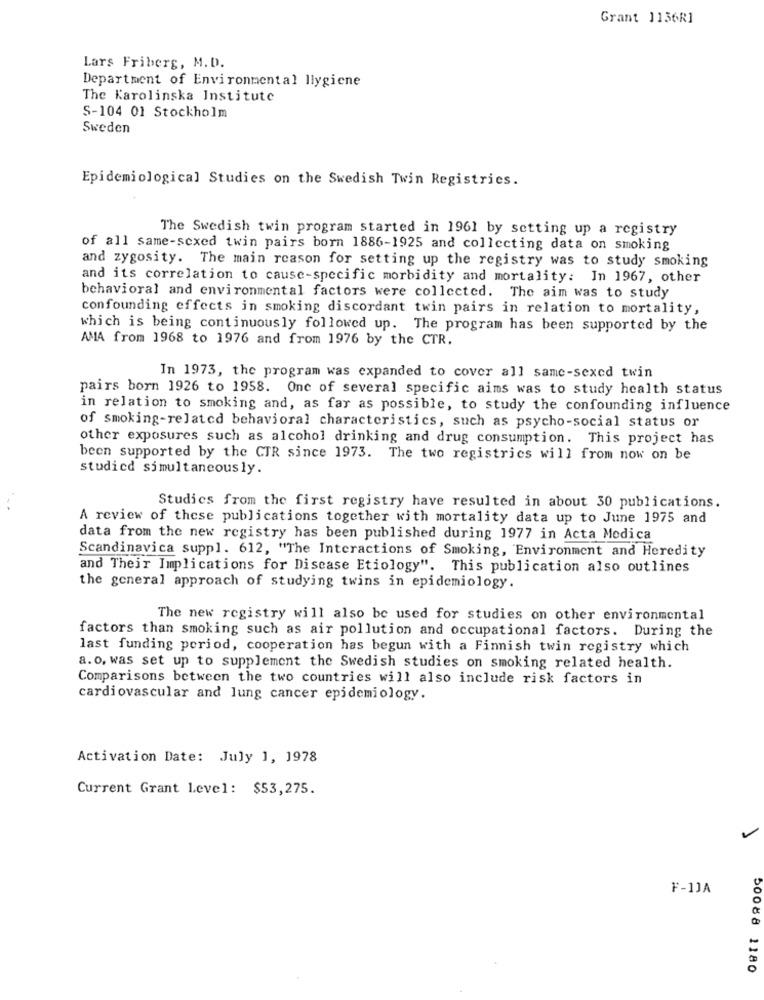
Grant 1136R1
Lars Friberg, M.D.
Department of Environmental llygiene
The Karolinska Institute
S-104 01 Stockholm
Sweden
Epidemiological Studies on the Swedish Twin Registries.
The Swedish twin program started in 1961 by setting up a registry
of all same-sexed twin pairs born 1886-1925 and collecting data on smoking
and zygosity. The main reason for setting up the registry was to study smoking
and its correlation to cause-specific morbidity and mortality: In 1967, other
behavioral and environmental factors were collected. The aim was to study
confounding effects in smoking discordant twin pairs in relation to mortality,
which is being continuously followed up. The program has been supported by the
AMA from 1968 to 1976 and from 1976 by the CTR.
In 1973, the program was expanded to cover all same-sexed twin
pairs born 1926 to 1958. One of several specific aims was to study health status
in relation to smoking and, as far as possible, to study the confounding influence
of smoking-related behavioral characteristics, such as psycho-social status or
other exposures such as alcohol drinking and drug consumption. This project has
been supported by the CTR since 1973. The two registrics will from now on be
studicd simultaneously.
Studies from the first registry have resulted in about 30 publications.
A review of these publications together with mortality data up to June 1975 and
data from the new registry has been published during 1977 in Acta Modica
Scandinavica suppl. 612, "The Interactions of Smoking, Environment and Heredity
and Their Implications for Discase Etiology". This publication also outlines
the general approach of studying twins in epidemiology.
The new registry will also be used for studies on other environmental
factors than smoking such as air pollution and occupational factors. During the
last funding period, cooperation has begun with a Finnish twin registry which
a. o. was set up to supplement the Swedish studies on smoking related health.
Comparisons between the two countries will also include risk factors in
cardiovascular and lung cancer epidemiology.
Activation Date: July 1, 1978
Current Grant Level: $53,275.
F-1JA
50088 1180